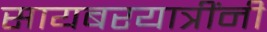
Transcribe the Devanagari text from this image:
सायबरयात्रींनी